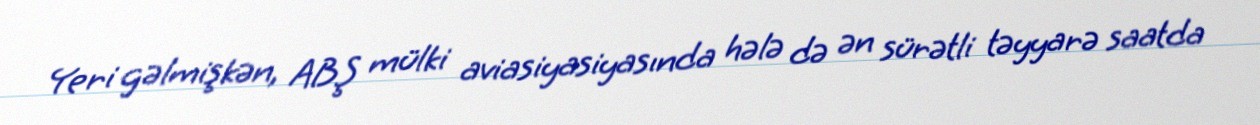
Yeri gəlmişkən, ABŞ mülki aviasiyasiyasında hələ də ən sürətli təyyarə saatda